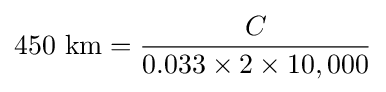
{\text{450 km}}={\frac {C}{0.033\times 2\times 10,000}}